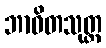
ဘာဝိတသုတ္တ